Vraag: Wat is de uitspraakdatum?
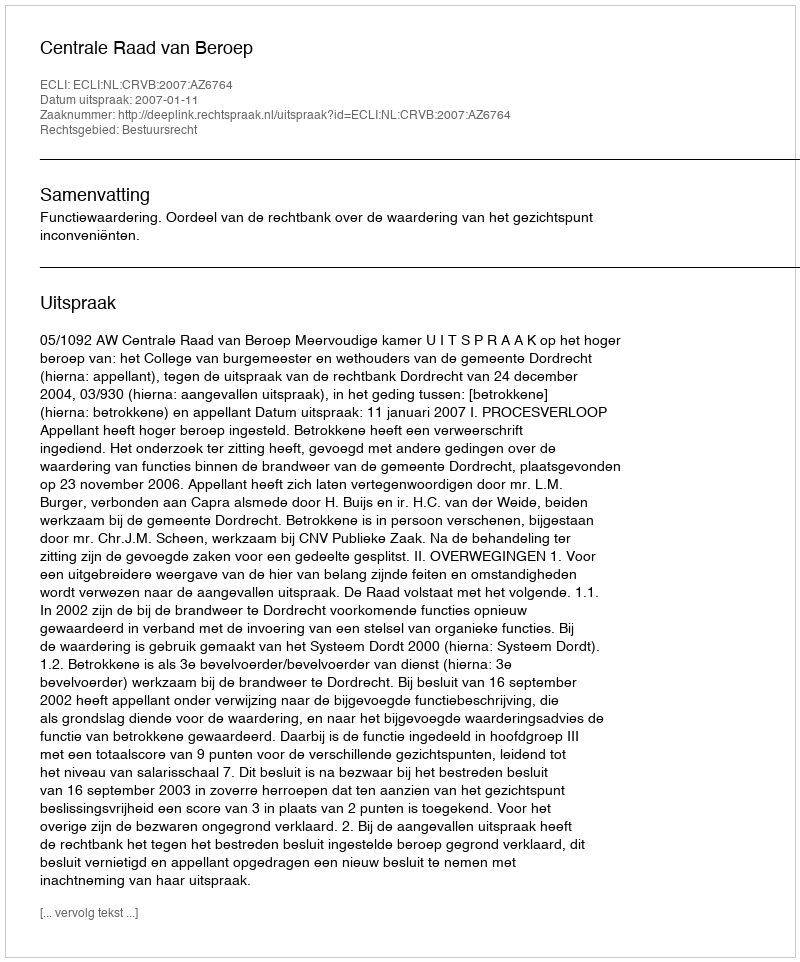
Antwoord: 2007-01-11